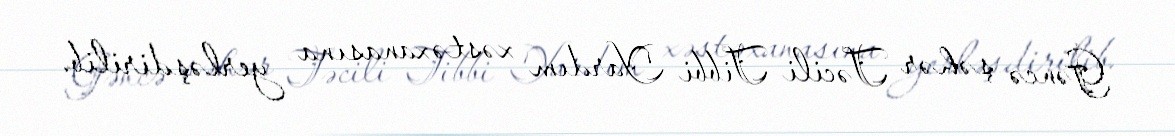
Gəncə şəhər Təcili Tibbi Yardım xəstəxanasına yerləşdirilib.